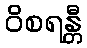
ဝိစရန္တီ